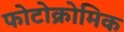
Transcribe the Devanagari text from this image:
फोटोक्रोमिक